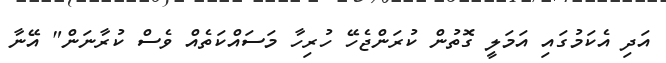
އަދި އެކަމުގައި އަމަލީ ގޮތުން ކުރަންޖެހޭ ހުރިހާ މަސައްކަތެއް ވެސް ކުރާނަން" އޭނާ